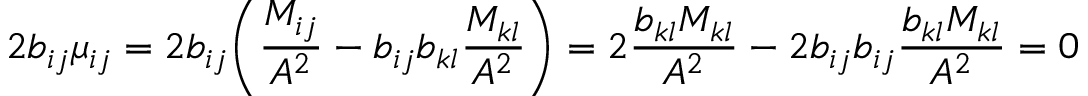
2 b _ { i j } \mu _ { i j } = 2 b _ { i j } \bigg ( \frac { M _ { i j } } { A ^ { 2 } } - b _ { i j } b _ { k l } \frac { M _ { k l } } { A ^ { 2 } } \bigg ) = 2 \frac { b _ { k l } M _ { k l } } { A ^ { 2 } } - 2 b _ { i j } b _ { i j } \frac { b _ { k l } M _ { k l } } { A ^ { 2 } } = 0